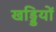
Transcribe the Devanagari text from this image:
खड्डियों